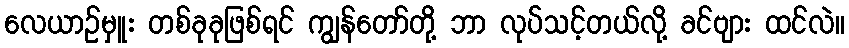
လေယာဉ်မှူး တစ်ခုခုဖြစ်ရင် ကျွန်တော်တို့ ဘာ လုပ်သင့်တယ်လို့ ခင်ဗျား ထင်လဲ။